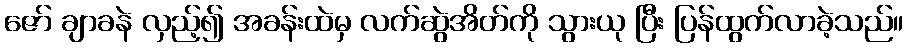
ဇော် ချာခနဲ လှည့်၍ အခန်းထဲမှ လက်ဆွဲအိတ်ကို သွားယု ပြီး ပြန်ထွက်လာခဲ့သည်။